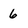
Character: 6